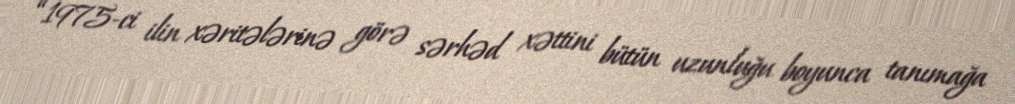
“1975-ci ilin xəritələrinə görə sərhəd xəttini bütün uzunluğu boyunca tanımağa